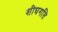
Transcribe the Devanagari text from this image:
शीघगति